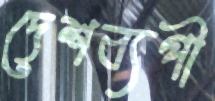
দেশব্যপী